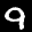
Label: 9